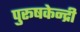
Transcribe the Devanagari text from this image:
पुरूषकेन्द्री